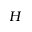
H